Report on vaccination North-West Frontier Province 1904-1922 - 1904-1922
Year: 1904
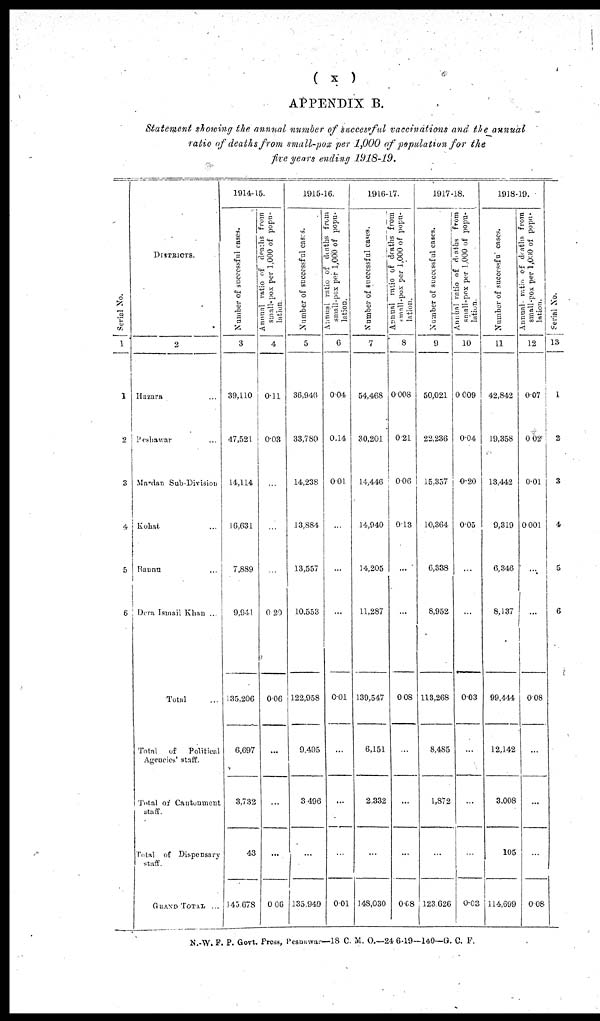
( x )
APPENDIX B.
Statement showing the annual number of successful vaccinations and the annual
ratio of deaths from small-pox per 1,000 of population for the
five years ending 1918-19.
Serial No.
1
1
2
3
4
5
6
DISTRICTS.
2
Hazara ...
Peshawar ...
Mardan Sub-Division
Kohat ...
Bannu ...
Dera Ismail Khan ...
Total ...
Total
of
Political
Agencies' staff.
Total of Cantonment
staff.
Total of Dispensary
staff.
GRAND TOTAL ...
1914-15.
Number of successful cases.
3
39,110
47,521
14,114
16,631
7,889
9,941
135,206
6,697
3,732
43
145,678
Annual ratio of deaths from
small-pox per 1,000 of popu-
lation.
4
0.11
0.03
...
...
...
0.20
0.06
...
...
...
0.06
1915-16.
Number of successful cases.
5
36,946
33,780
14,238
13,884
13,557
10,553
122,958
9,495
3,496
...
135,949
Annual ratio of deaths from
small-pox per 1,000 of popu-
lation.
6
0.04
0.14
0.01
...
...
...
0.01
...
...
...
0.01
1916-17.
Number of successful cases.
7
54,468
30,201
14,446
14,940
14,205
11,287
139,547
6,151
2,332
...
148,030
Annual ratio of deaths from
small-pox per 1,000 of popu-
lation.
8
0.008
0.21
0.06
0.13
...
...
0.08
...
...
...
0.68
1917-18.
Number of successful cases.
9
50,021
22,236
15,357
10,364
6,338
8,952
113,268
8,485
1,872
...
123,626
Annual ratio of deaths from
small-pox per 1,000 of popu-
lation.
10
0.009
0.04
0.20
0.05
...
...
0.03
...
...
...
0.03
1918-19.
Number of successful cases.
11
42,842
19,358
13,442
9,319
6,346
8,137
99,444
12,142
3,008
105
114,699
Annual ratio of deaths from
small-pox per 1,000 of popu-
lation.
12
0.07
0.02
0.01
0.001
...
...
0.08
...
...
...
0.08
Serial No.
13
1
2
3
4
5
6
N.-W. F. P. Govt. Press, Peshawar—18 C. M. O.—24-6-19—140—G. C. F.